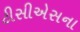
ટીસીએસના